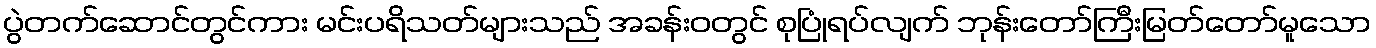
ပွဲတက်ဆောင်တွင်ကား မင်းပရိသတ်များသည် အခန်းဝတွင် စုပြုံရပ်လျက် ဘုန်းတော်ကြီးမြတ်တော်မူသော